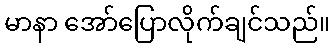
မာနာ အော်ပြောလိုက်ချင်သည်။